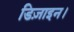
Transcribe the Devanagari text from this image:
डिज़ाइन।